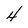
Character: 4